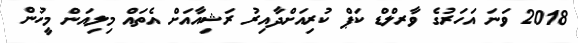
2018 ވަނަ އަހަރުގެ ވާރލްޑް ކަޕް ކުރިއަށްދާއިރު ރަޝިއާއަށް އެތައް މިލިއަން މީހުން